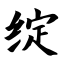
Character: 绽